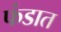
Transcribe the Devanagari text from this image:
फंडात